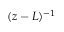
( z - L ) ^ { - 1 }